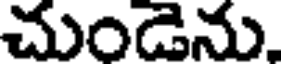
చుండెను.